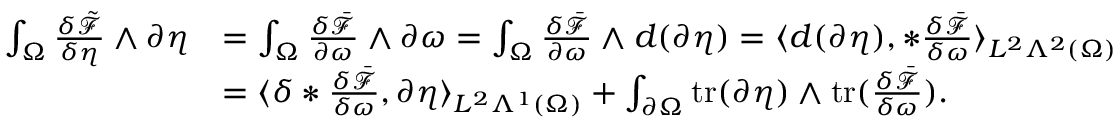
\begin{array} { r l } { \int _ { \Omega } \frac { \delta \tilde { \mathcal { F } } } { \delta \eta } \wedge \partial \eta } & { = \int _ { \Omega } \frac { \delta \bar { \mathcal { F } } } { \partial \omega } \wedge \partial \omega = \int _ { \Omega } \frac { \delta \bar { \mathcal { F } } } { \partial \omega } \wedge d ( \partial \eta ) = \langle d ( \partial \eta ) , \ast \frac { \delta \bar { \mathcal { F } } } { \delta \omega } \rangle _ { L ^ { 2 } \Lambda ^ { 2 } ( \Omega ) } } \\ & { = \langle \delta \ast \frac { \delta \bar { \mathcal { F } } } { \delta \omega } , \partial \eta \rangle _ { L ^ { 2 } \Lambda ^ { 1 } ( \Omega ) } + \int _ { \partial \Omega } \mathrm { t r } ( \partial \eta ) \wedge \mathrm { t r } ( \frac { \delta \bar { \mathcal { F } } } { \delta \omega } ) . } \end{array}